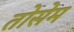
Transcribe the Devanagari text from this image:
तोसेम